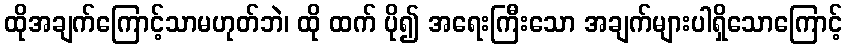
ထိုအချက်ကြောင့်သာမဟုတ်ဘဲ၊ ထို ထက် ပို၍ အရေးကြီးသော အချက်များပါရှိသောကြောင့်